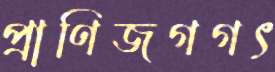
প্রাণিজগগৎ